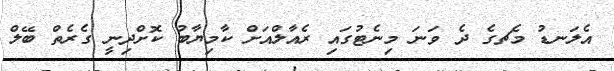
އެލަނޑު މެޗގެ ދެ ވަނަ މިނެޓުގައި ރެއާލްއަށް ކާމިޔާބު ކޮށްދިނީ ގެރެތް ބޭލް